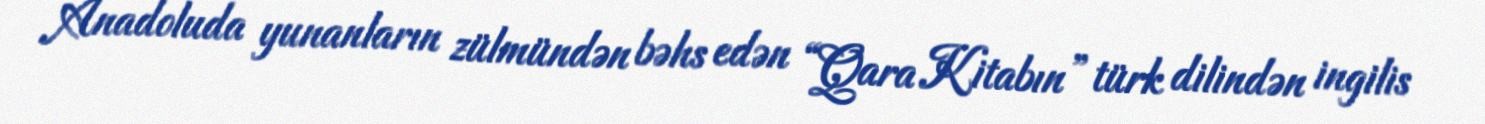
Anadoluda yunanların zülmündən bəhs edən “Qara Kitabın” türk dilindən ingilis